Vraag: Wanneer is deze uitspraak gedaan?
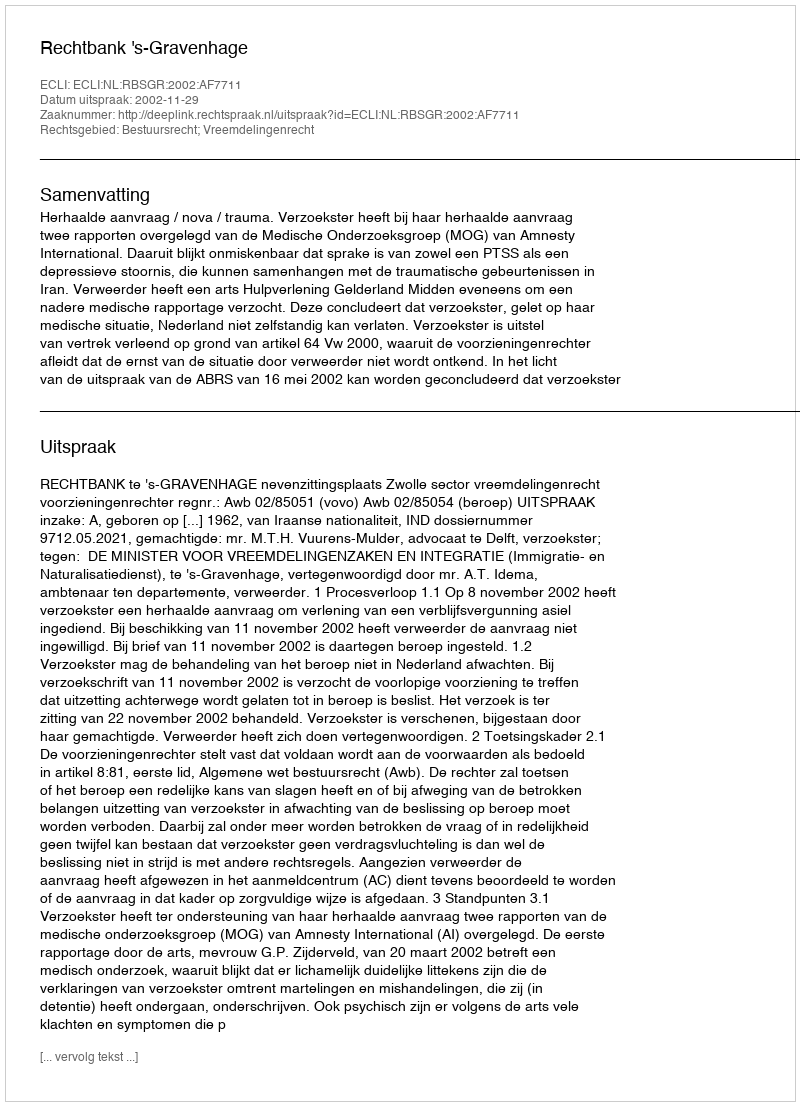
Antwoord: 2002-11-29